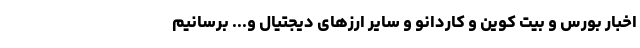
اخبار بورس و بیت کوین و کاردانو و سایر ارزهای دیجتیال و... برسانیم